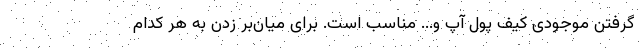
گرفتن موجودی کیف پول آپ و... مناسب است. برای میان‌بر زدن به هر کدام